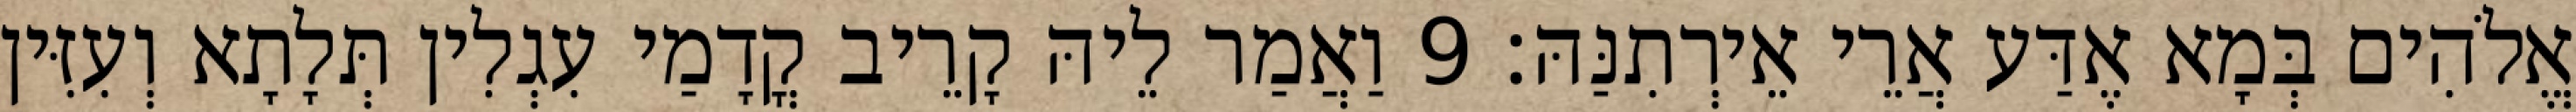
אֱלֹהִים בְּמָא אֶדַּע אֲרֵי אֵירְתִנַּהּ׃ 9 וַאֲמַר לֵיהּ קָרֵיב קֳדָמַי עִגְלִין תְּלָתָא וְעִזִּין